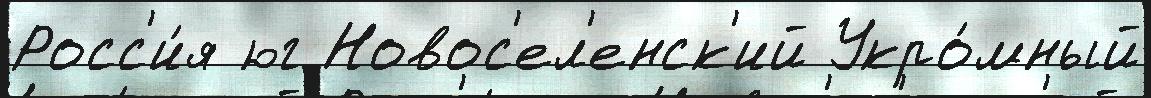
Росс'и́я юг Новос'ел'енск'ий Укро́мный